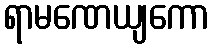
ရာမဏေယျကော